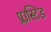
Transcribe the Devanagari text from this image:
प्लास्टिड